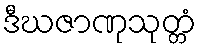
ဒီဃဇာဏုသုတ္တံ